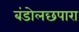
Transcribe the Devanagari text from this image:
बंडोलछपारा